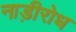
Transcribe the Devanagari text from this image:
नाड़ीरोध